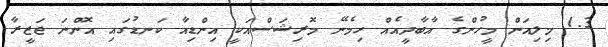
1.3 މިލިއަން މީހުންގެ އާބާދީއެއް ހިމެނޭ މޮރިޝަސްއަކީ އިންޑިއާ ކަނޑުގައި އޮންނަ ޖަޒީރާ